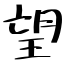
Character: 望